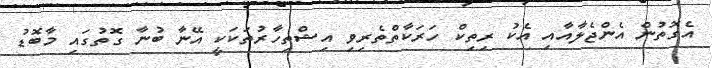
އެގޮތުން އެންޖެލާއާއި އެކު ރިތިކް ހަރަކާތްތެރިވި އިޝްތިހާރުތަކަކީ އޭނާ ބުނާ ގޮތުގައި މާބޮޑު